Lunatic asylums Bombay report 1878-1890 - 1878-1890
Year: 1878
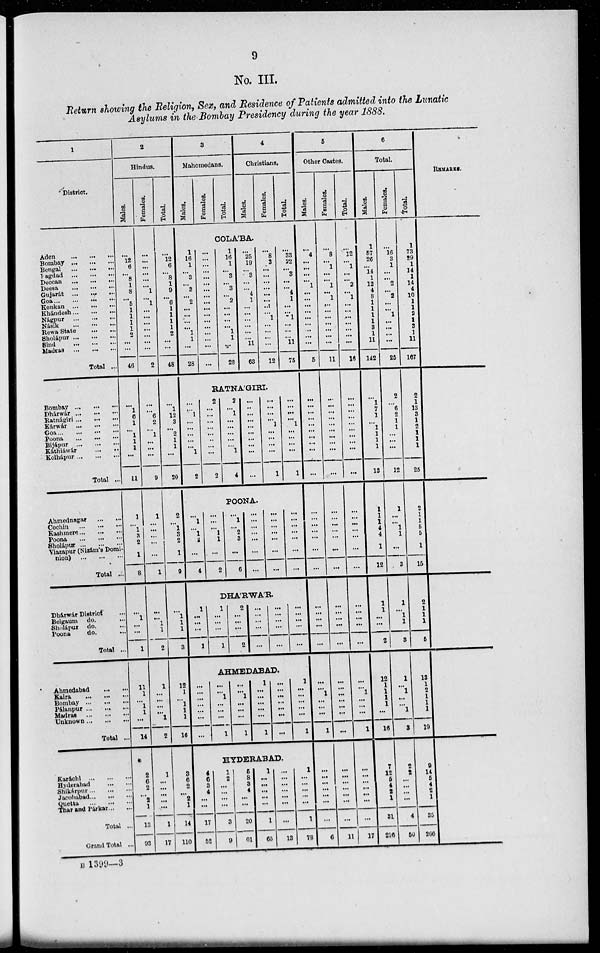
9
No. III.
Return showing the Religion, Sex, and Residence of Patients admitted into the Lunatic
Asylums in the Bombay Presidency during the year 1888.
1
District.
Aden
...
...
...
Bombay...
...
...
Bengal
...
...
...
Bagdad
...
...
...
Deccan
...
...
...
Deesa
...
...
...
Gujarát
...
...
...
Goa...
...
...
Konkan ... ... ...
Khándesh...
...
...
Nágpur ... ... ...
Násik
...
...
...
Rewa State ... ... ...
Sholápur...
...
...
Sind
...
...
...
Madras
...
...
...
Total ...
Bombay
...
...
...
Dhárwár ... ... ...
Ratnágiri...
...
...
Kárwár
...
...
...
Goa...
...
...
Poona
...
...
...
Bijápur
...
...
...
Káthiáwár ... ... ...
Kolhápur...
...
...
Total ...
Ahmednagar ... ... ...
Cochin
...
...
...
Kashmere...
...
...
Poona...
...
...
Sholápur...
...
...
Viazapur (Nizám's Domi-
nion)...
...
...
Total ...
Dhárwár District ...
Belgaum do. ...
Sholápur do. ...
Poona
do. ...
Total ...
Ahmedabad ... ... ...
Kaira
...
...
...
Bombay
...
...
...
Pálanpur ... ... ...
Madras
...
...
...
Unknown ... ... ...
Total ...
Karáchi
...
...
...
Hyderabad ... ... ...
Shikárpur...
...
...
Jacobabad...
...
...
Quetta
...
...
...
Thar and Párkar... ... ...
Total ...
Grand Total ...
2
Hindus.
Males.
...
12
6
... 8
1
8
... 5
1
1
1
1
2
...
...
46
...
1
6
1
... 1
1
1
...
11
1
... 1
3
2
1
8
...
1
...
...
1
11
1
... 1
1
...
14
2
6
2
... 2
1
13
93
Females.
...
...
...
...
...
... 1
... 1
...
...
...
...
...
...
...
2
...
... 6
2
... 1
...
...
...
9
1
...
...
...
...
1
...
... 1
1
2
1
...
...
...
... 1
2
1
...
...
...
...
...
1
17
Total.
...
12
6
8
1
9
... 6
1
1
1
1
2
...
...
48
...
1
12
3
... 2
1
1
...
20
2
... 1
3
2
1
9
...
1
1
1
3
12
1
... 1
1
1
16
3
6 2
... 2
1
14
110
3
Mahomedans.
Males.
Females.
Total.
4
Christians.
Males.
Females.
Total.
COLA'BA.
1
16
1
... 3
3
... 2
...
...
...
... 1
1
...
28
...
...
...
...
...
...
...
...
...
...
...
...
...
...
...
...
...
1
16
1
... 3
... 3
... 2
...
...
...
... 1
1
...
28
...
25
19
... 3
...
... 4
1
...
...
...
...
...
11
63
...
8
3
...
...
...
...
...
...
...
... 1
...
...
...
...
12
...
33
22
... 3
...
... 4
1
...
... 1
...
...
... 11
75
RATNA'GIRI
...
... 1
...
...
...
... 1
2
2
...
...
...
...
...
...
...
2
2
... 1
...
...
...
1
4
...
..
...
...
...
...
...
...
...
...
...
...
... 1
...
...
...
...
1
...
...
...
... 1
...
...
...
...
1
POONA.
...
1
1
2
4
...
...
... 1
1
2
...
1
2
3
...
6
...
...
...
...
...
...
...
...
...
...
...
...
...
...
...
...
...
...
DHA'RWA'R.
1
...
...
...
1
1
...
...
...
1
2
...
...
...
2
...
...
...
...
...
...
...
...
...
...
...
...
...
...
...
AHMEDABAD.
...
...
...
...
...
...
...
...
... 1
...
...
...
1
...
... 1
...
...
...
1
1
...
...
...
...
...
1
...
...
...
...
...
...
...
1
...
...
...
...
...
1
HYDERABAD.
4
6
3
4
...
...
17
52
1
2
...
...
...
...
3
9
5
8
3
4
...
...
20
61
1
...
...
...
...
...
1
65
...
...
...
...
...
...
...
13
1
...
...
...
...
...
1
78
5
Other Castes.
Males.
...
4
...
...
...
... 1
...
...
...
...
...
...
...
...
...
5
...
...
...
...
...
...
...
...
...
...
...
...
...
...
...
...
...
...
...
... 1
...
...
...
1
...
...
...
...
...
...
...
6
Females.
...
8
... 1
...
... 1
... 1
...
...
...
...
...
...
...
11
...
...
...
...
...
...
...
...
...
...
...
...
...
...
...
...
...
...
...
...
...
...
...
...
...
...
...
...
...
...
...
...
...
...
...
...
11
Total.
...
12
... 1
...
...
2
... 1
...
...
...
...
...
...
...
16
...
...
...
...
...
...
...
...
...
...
...
...
...
...
...
...
...
...
...
...
...
...
...
... 1
...
...
...
1
...
...
...
...
...
...
17
6
Total.
Males.
1
57
26
... 14
1
12
4
8
1
1
1
1
3
1
11
142
...
1
7
1
...
1
1
1
1
13
1
1
1
4
4
1
12
1
1
...
...
2
12
1
1
1
1
...
16
7
12
6
4
2
1
31
216
Females.
...
16
3
1
...
... 2
... 2
...
... 1
...
...
...
...
25
2
... 6
2
1
1
...
...
...
12
1
...
1
1
...
3
1
... 1
1
3
1
... 1
...
... 1
3
2
2
...
...
... ...
4
50
Total.
1
73
29
1
14
1
14
4
10
1
1
3
1
3
1
11
167
2
1
13
3
1
2
1
1
1
25
2
1
1
5
5
1
15
2
1
1
1
5
13
1
2
1
1
1
10
9
14
6
4
2
1
35
266
REMARKS.
B 1399—3